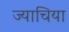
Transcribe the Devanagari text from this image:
ज्याचिया